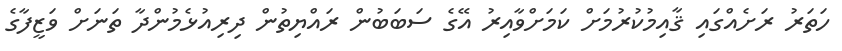
ހަތަރު ރަށެއްގައި ޤާއިމުކުރުމަށް ކަމަށްވާއިރު އޭގެ ސަބަބުން ރައްޔިތުން ދިރިއުޅެމުންދާ ތަނަށް ވަޒީފާގެ